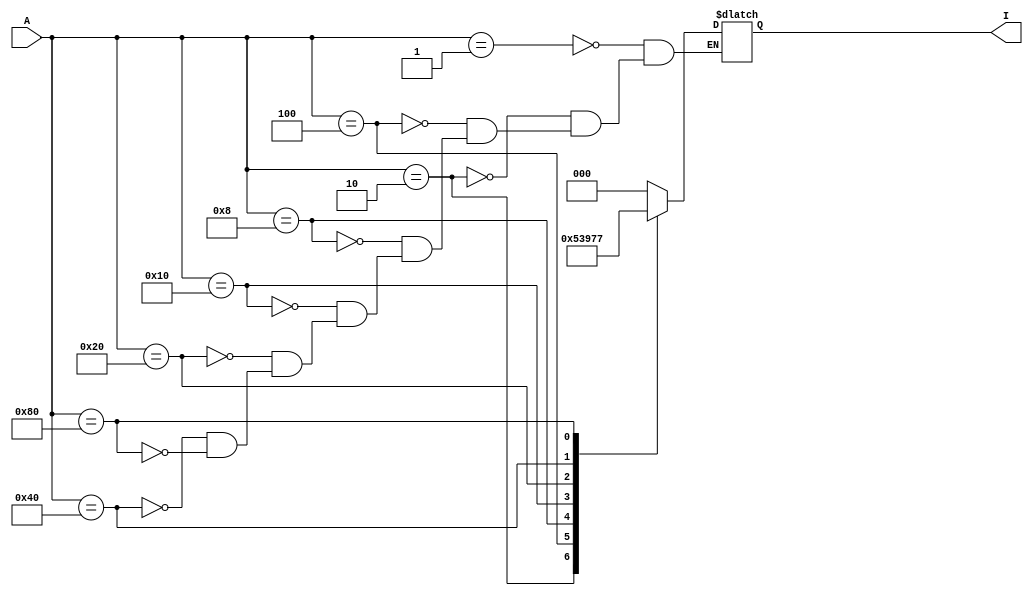
`timescale 1ns / 1ps
//////////////////////////////////////////////////////////////////////////////////
// Company: 
// Engineer: 
// 
// Design Name: 
// Module Name: encoder_behavorial
// Project Name: 
// Target Devices: 
// Tool Versions: 
// Description: 
// 
// Dependencies: 
// 
// Revision:
// Revision 0.01 - File Created
// Additional Comments:
// 
//////////////////////////////////////////////////////////////////////////////////


module encoder_behavorial(
      A, I
    );
    input [7:0]A;
    output reg [2:0]I;
    always @ (*) begin 
       case(A)
       8'b00000001 : I= 000;
       8'b00000010 : I= 001;
       8'b00000100 : I= 010;
       8'b00001000 : I= 011;
       8'b00010000 : I= 100;
       8'b00100000 : I= 101;
       8'b01000000 : I= 110;
       8'b10000000 : I= 111;
       endcase
       end
       
endmodule